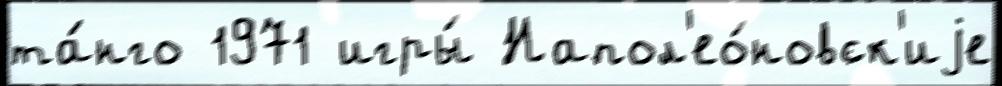
та́нго 1971 игры́ Напол'ео́новск'иjе